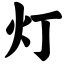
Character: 灯